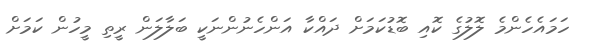
ހަމައެހެންމެ ލޮލުގެ ކޮއި ބޮޑުކަމަށް ދައްކާ އަންހެނުންނަކީ ބަލާލަން ރީތި މީހުން ކަމަށް